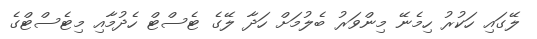
ލޭގައި ހަކުރު ހިމެނޭ މިންވަރު ބެލުމަށް ހަދާ ލޭގެ ޓެސްޓް ހެދުމާއި މިޓެސްޓްގެ